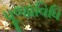
પૂજાવિધિ